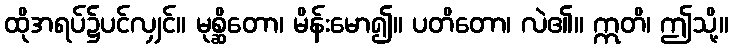
ထိုအရပ်၌ပင်လျှင်။ မုစ္ဆိတော၊ မိန်းမော၍။ ပတိတော၊ လဲ၏။ ဣတိ၊ ဤသို့။